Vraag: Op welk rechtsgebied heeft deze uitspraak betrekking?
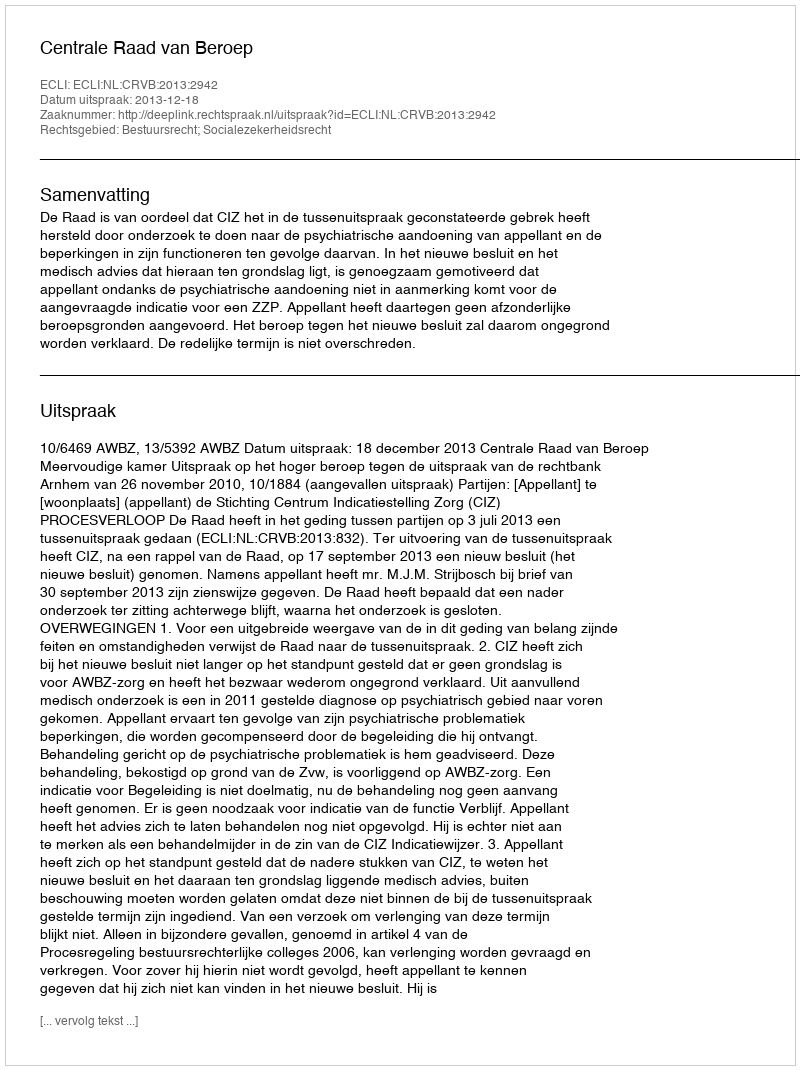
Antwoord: Bestuursrecht; Socialezekerheidsrecht